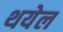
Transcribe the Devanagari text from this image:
थयेल